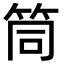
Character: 筒